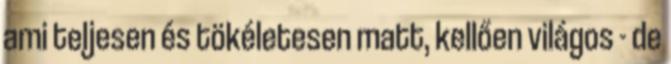
ami teljesen és tökéletesen matt, kellően világos - de